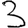
Digit: 3